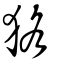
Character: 狢